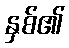
နှစ်၏